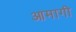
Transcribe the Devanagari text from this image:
आमागी